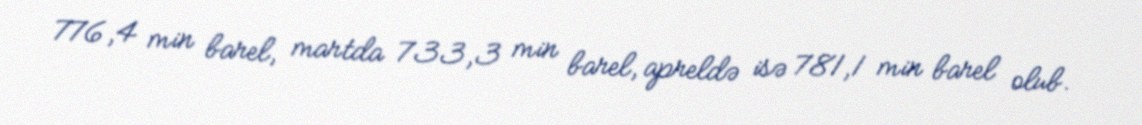
776,4 min barel, martda 733,3 min barel, apreldə isə 781,1 min barel olub.